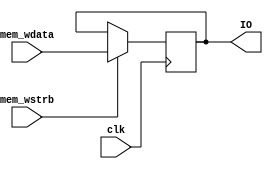
module PeripheralGPIO (
    input               clk,
    output reg [31:0]   IO,
    input               mem_wstrb,
    input      [31:0]   mem_wdata
);

always @(posedge clk) begin
    if (mem_wstrb) begin
        `ifdef BENCH
            $display("THING");
        `endif  
        IO <= mem_wdata;
    end
end

endmodule